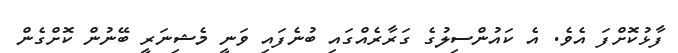
ފާޅުކޮށްފަ އެވެ. އެ ކައުންސިލުގެ ގަރާރެއްގައި ބުނެފައި ވަނީ މެޝިނަރީ ބޭނުން ކޮށްގެން